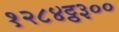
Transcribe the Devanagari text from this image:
१२८४ट्ठ३००